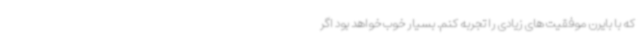
که با بایرن موفقیت های زیادی را تجربه کنم. بسیار خوب خواهد بود اگر